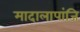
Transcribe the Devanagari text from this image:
मादालापांजि